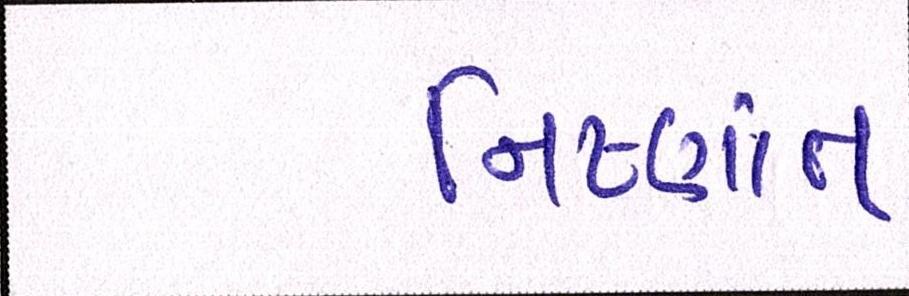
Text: નિષ્ણાંત